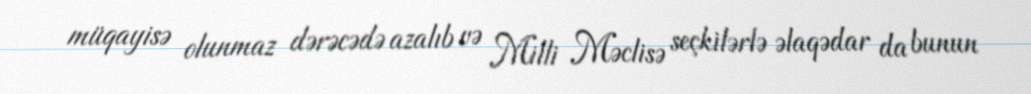
müqayisə olunmaz dərəcədə azalıb və Milli Məclisə seçkilərlə əlaqədar da bunun